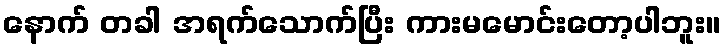
နောက် တခါ အရက်သောက်ပြီး ကားမမောင်းတော့ပါဘူး။